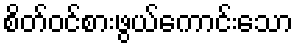
စိတ်ဝင်စားဖွယ်ကောင်းသော